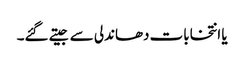
یا انتخابات دھاندلی سے جیتے گئے۔